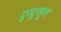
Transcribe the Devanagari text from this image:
दूरदूरहून